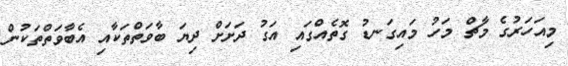
މިއަހަރުގެ މާޗް މަހު މައިގަނޑު ގޮތެއްގައި އަގު ދަށަށް ދިޔަ ބާވަތްތަކާއި އެބާވަތްތަކުން